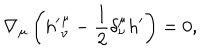
LaTeX: \nabla _ { \mu } \left( { h ^ { \prime } } _ { \nu } ^ { \mu } - \frac 1 2 \delta _ { \nu } ^ { \mu } h ^ { \prime } \right) = 0 ,